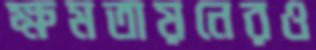
ক্ষমতায়নেরও